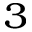
^ 3